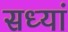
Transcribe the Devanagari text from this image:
सध्यां